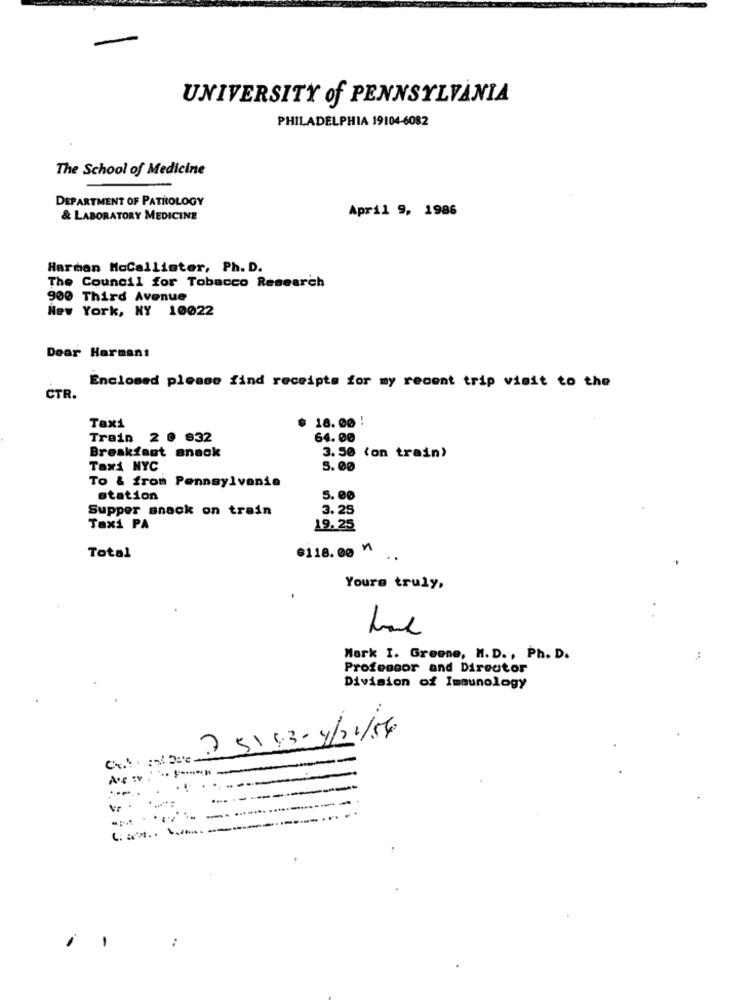
UNIVERSITY of PENNSYLVANIA
PHILADELPHIA 19104-6082
The School of Medicine
DEPARTMENT OF PATHOLOGY
April 9, 1986
& LABORATORY MEDICINE
Harmon McCallister, Ph. D.
The Council for Tobacco Research
900 Third Avenue
New York, NY 10022
Dear Harmans
Enclosed please find receipts for my recent trip visit to the
CTR.
18.00 !
Taxi
Train 2 0 832
64.00
Breakfast snack
3.50 (on train)
Taxi NYC
5.00
To & from Pennsylvania
station
5.00
Supper snack on train
3.25
Taxi PA
19.25
@118.00 "
Total
..
Yours truly,
Mark I. Greene, M. D. , Ph. D.
Professor and Director
Division of Immunology
25/93-4/21/54
. ......
---
--------
--
Ve
-. ...
.... .....
... . ---------
C## ..
..
-